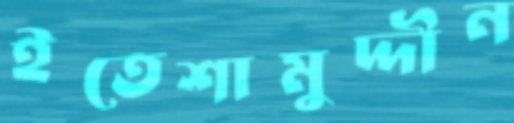
ইতেশামুদ্দীন